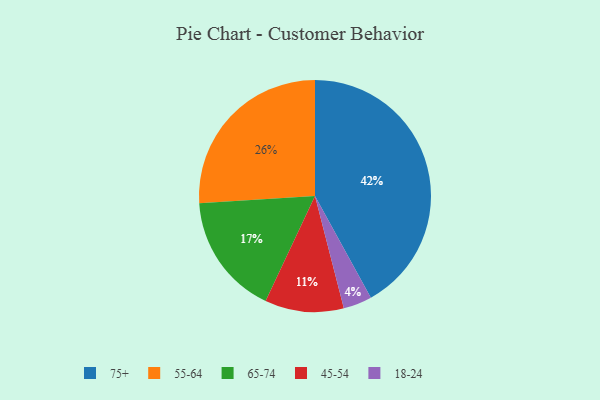
{"axis": {"x": "Category", "y": "Percentage"}, "legend": ["18-24", "45-54", "55-64", "65-74", "75+"], "data": [{"x": "55-64", "y": 26, "type": "55-64"}, {"x": "65-74", "y": 17, "type": "65-74"}, {"x": "18-24", "y": 4, "type": "18-24"}, {"x": "75+", "y": 42, "type": "75+"}, {"x": "45-54", "y": 11, "type": "45-54"}]}